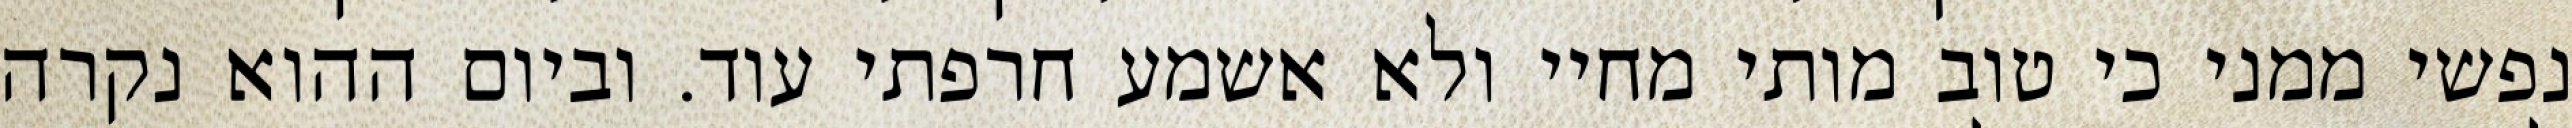
נפשי ממני כי טוב מותי מחיי ולא אשמע חרפתי עוד. וביום ההוא נקרה